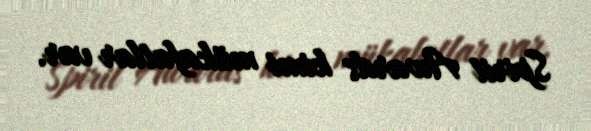
Spirit Awards kimi mükafatlar var.